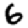
Digit: 6